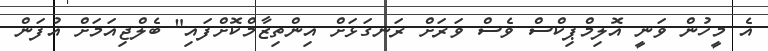
އެ މީހުން ވަނީ އޮލިމްޕިކްސް ވެސް ވަރަށް ރަނގަޅަށް އިންތިޒާމްކޮށްފައި" ބެލްޖިއަމަށް އުފަން